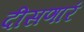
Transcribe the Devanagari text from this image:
दीसणारं